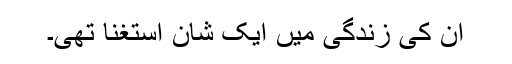
ان کی زندگی میں ایک شان استغنا تھی۔